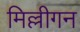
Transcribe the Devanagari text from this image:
मिल्लीगन